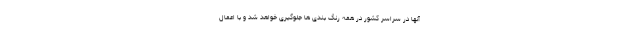
آنها در سراسر کشور در همه رنگ بندی ها جلوگیری خواهد شد و با اعمال